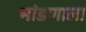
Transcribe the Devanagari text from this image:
भांडणाला